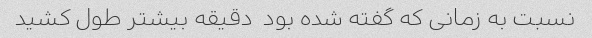
نسبت به زمانی که گفته شده بود  دقیقه بیشتر طول کشید